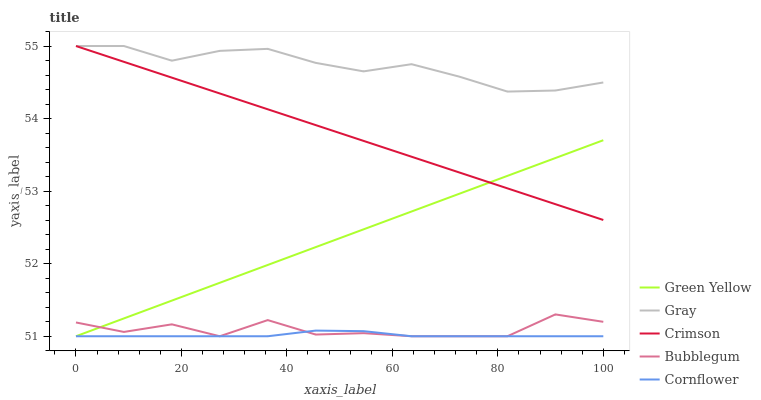
| xaxis_label | Green Yellow | Gray | Crimson | Bubblegum | Cornflower |
 | --- | --- | --- | --- | --- | --- |
 | 0 | 51 | 55 | 55 | 51.2 | 51 |
 | 9.09 | 51.2 | 55 | 54.8 | 51.1 | 51 |
 | 18.2 | 51.5 | 54.8 | 54.6 | 51.2 | 51 |
 | 27.3 | 51.7 | 54.9 | 54.3 | 51 | 51 |
 | 36.4 | 52 | 55 | 54.1 | 51.2 | 51 |
 | 45.5 | 52.2 | 54.8 | 53.9 | 51 | 51.1 |
 | 54.5 | 52.5 | 54.7 | 53.7 | 51 | 51.1 |
 | 63.6 | 52.7 | 54.7 | 53.5 | 51 | 51 |
 | 72.7 | 53 | 54.6 | 53.3 | 51 | 51 |
 | 81.8 | 53.2 | 54.4 | 53 | 51 | 51 |
 | 90.9 | 53.5 | 54.4 | 52.8 | 51.3 | 51 |
 | 100 | 53.7 | 54.5 | 52.6 | 51.2 | 51 |